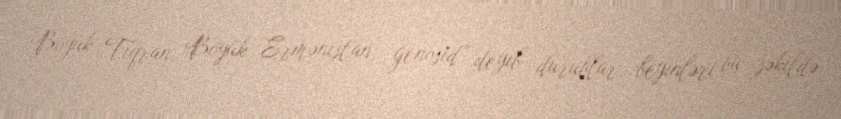
Böyük Tiqran, Böyük Ermənistan, genosid” deyib durublar, beyinləri bu şəkildə